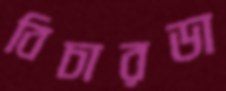
বিচারডা